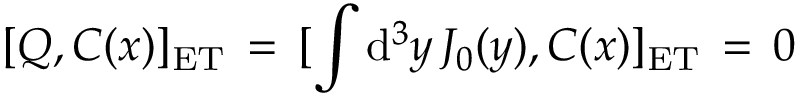
[ Q , C ( x ) ] _ { \mathrm { E T } } \, = \, [ \int \mathrm { d } ^ { 3 } y \, J _ { 0 } ( y ) , C ( x ) ] _ { \mathrm { E T } } \, = \, 0